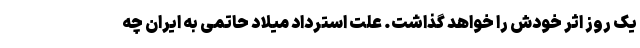
یک روز اثر خودش را خواهد گذاشت. علت استرداد میلاد حاتمی به ایران چه